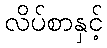
လိပ်စာနှင့်